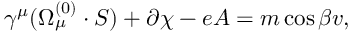
\gamma ^ { \mu } ( \Omega _ { \mu } ^ { ( 0 ) } \cdot S ) + \partial \chi - e A = m \cos { \beta } v ,